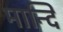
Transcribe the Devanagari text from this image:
मान्दि